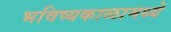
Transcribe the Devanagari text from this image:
भविष्यकाळामध्ये